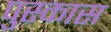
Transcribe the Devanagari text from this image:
पुस्कास